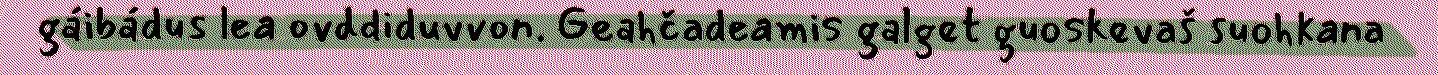
gáibádus lea ovddiduvvon. Geahčadeamis galget guoskevaš suohkana